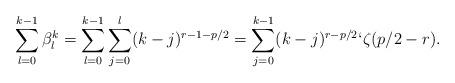
LaTeX: \begin{align*}\sum_{l=0}^{k-1} \beta^k_l = \sum_{l=0}^{k-1}\sum_{j=0}^l (k-j)^{r-1-p/2} = \sum_{j=0}^{k-1} (k-j)^{r-p/2} \lq \zeta(p/2-r).\end{align*}